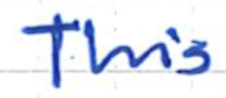
Text: This
Cross-out: clean
Writing tool: ballpoint